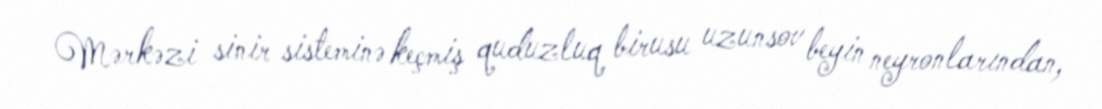
Mərkəzi sinir sisteminə keçmiş quduzluq birusu uzunsov beyin neyronlarından,